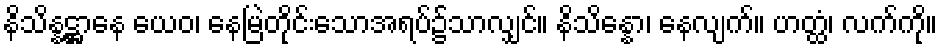
နိသိန္နဋ္ဌာနေ ယေဝ၊ နေမြဲတိုင်းသောအရပ်၌သာလျှင်။ နိသိန္နော၊ နေလျက်။ ဟတ္ထံ၊ လက်ကို။